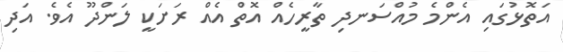
އަތޮޅުގައި އެންމެ މުއްސަނދި ތާރީހެއް އޮތް އެއް ރަށަކީ ލަންދޫ އެވެ. އަދި